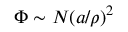
\Phi \sim N ( a / \rho ) ^ { 2 }